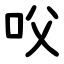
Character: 㕮